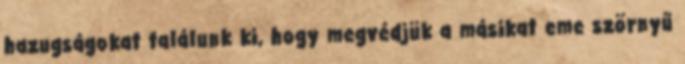
hazugságokat találunk ki, hogy megvédjük a másikat eme szörnyű